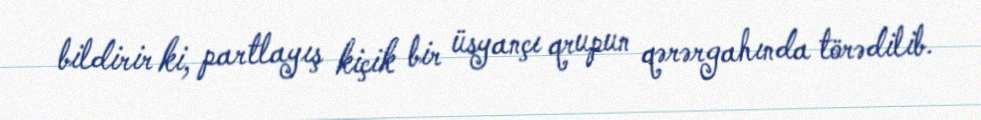
bildirir ki, partlayış kiçik bir üsyançı qrupun qərərgahında törədilib.